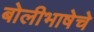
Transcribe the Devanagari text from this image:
बोलीभाषेचे